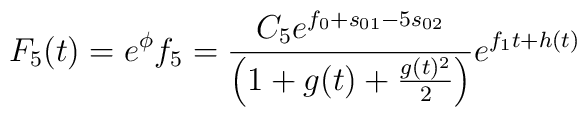
F_{5}(t)=e^{\phi}f_{5}=\frac{C_{5}e^{f_{0}+s_{01}-5s_{02}}}{\Big{(}1+g(t)+\frac{g(t)^{2}}{2}\Big{)}} e^{f_{1}t+h(t)}